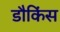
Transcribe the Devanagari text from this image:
डौकिंस